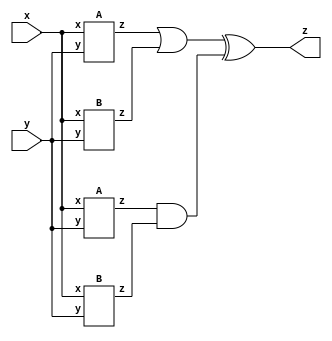
module top_module (input x, input y, output z);
	wire z1, z2, z3, z4;
    wire w1, w2;
    
    A IA1(x, y, z1);
    B IB1(x, y, z2);
    A IA2(x, y, z3);
    B IB2(x, y, z4);
    
    assign w1 = z1 | z2;
    assign w2 = z3 & z4;
    assign z  = w1 ^ w2;
    
endmodule

module A (input x, input y, output z);
    assign z = (x^y) & x;
endmodule

module B (input x, input y, output z);
    assign z = ~(x ^ y);
endmodule